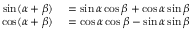
\begin{array} { r l } { \sin ( \alpha + \beta ) } & { { } = \sin \alpha \cos \beta + \cos \alpha \sin \beta } \\ { \cos ( \alpha + \beta ) } & { { } = \cos \alpha \cos \beta - \sin \alpha \sin \beta } \end{array}